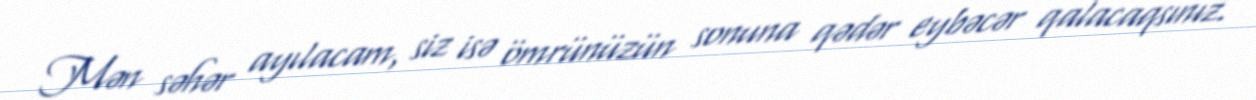
Mən səhər ayılacam, siz isə ömrünüzün sonuna qədər eybəcər qalacaqsınız.